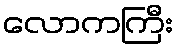
လောကကြီး